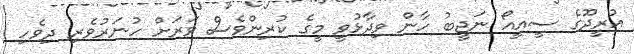
އުރީދޫގެ ސީއީއޯ ނަޖީބު ހާން ވިދާޅުވީ މީގެ ކުރިންވެސް ވަރަށް ހުނަރުވެރި ދިވެހި